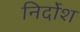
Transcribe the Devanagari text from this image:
निर्दोश